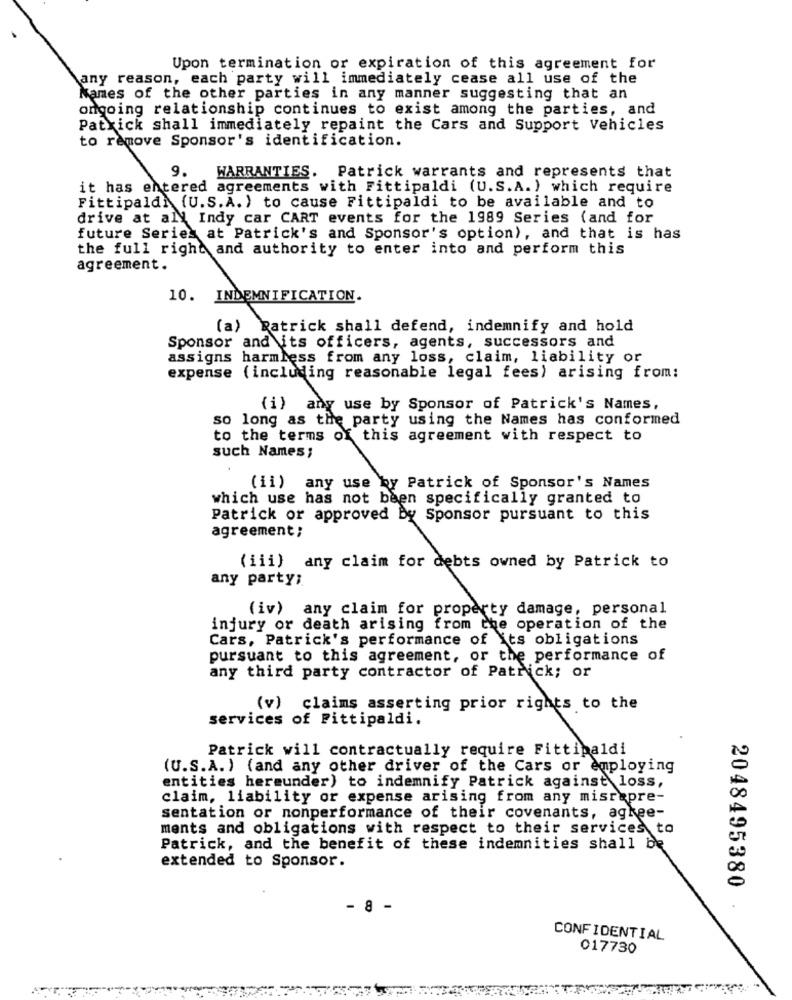
Upon termination or expiration of this agreement for
any reason, each party will immediately cease all use of the
Names of the other parties in any manner suggesting that an
ongoing relationship continues to exist among the parties, and
Patrick shall immediately repaint the Cars and Support Vehicles
to remove Sponsor's identification.
9.
WARRANTIES. Patrick warrants and represents that
it has entered agreements with Fittipaldi (U.S.A.) which require
Fittipaldi (U.S.A.) to cause Fittipaldi to be available and to
drive at all Indy car CART events for the 1989 Series (and for
future Serie_ at Patrick's and Sponsor's option), and that is has
the full right and authority to enter into and perform this
agreement.
10. INDEMNIFICATION.
(a)
Patrick shall defend, indemnify and hold
Sponsor and its officers, agents, successors and
assigns harmless from any loss, claim, liability or
expense (including reasonable legal fees) arising from:
(i) any use by Sponsor of Patrick's Names,
so long as the party using the Names has conformed
to the terms of this agreement with respect to
such Names;
(ii) any use by Patrick of Sponsor's Names
which use has not been specifically granted to
Patrick or approved by Sponsor pursuant to this
agreement;
(iii) any claim for debts owned by Patrick to
any party;
(iv) any claim for property damage, personal
injury or death arising from the operation of the
Cars, Patrick's performance of Its obligations
pursuant to this agreement, or the performance of
any third party contractor of Patrick; or
(v) claims asserting prior rights to the
services of Fittipaldi.
Patrick will contractually require Fittipaldi
(U.S.A. ) (and any other driver of the Cars or employing
entities hereunder) to indemnify Patrick against loss,
claim, liability or expense arising from any misrepre-
sentation or nonperformance of their covenants, agkee-
ments and obligations with respect to their services to
Patrick, and the benefit of these indemnities shall be
extended to Sponsor.
2048495380
- 8 -
CONFIDENTIAL
017730